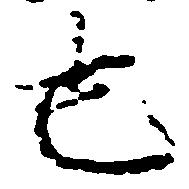
也